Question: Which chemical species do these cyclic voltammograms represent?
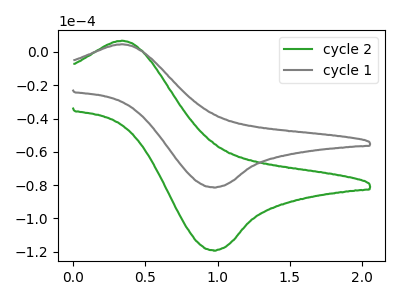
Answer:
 <answer>The green curve is labeled "cycle 2". The gray curve is labeled "cycle 1".</answer>
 <eval></eval>